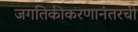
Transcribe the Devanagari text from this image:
जगतिकीकरणानंतरची